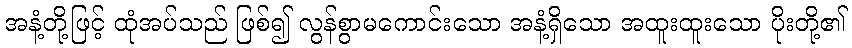
အနံ့တို့ဖြင့် ထုံအပ်သည် ဖြစ်၍ လွန်စွာမကောင်းသော အနံ့ရှိသော အထူးထူးသော ပိုးတို့၏